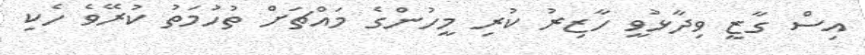
އިސް ގާޒީ ވިދާޅުވީ ހާޒިރު ކުރި މީހުންގެ މައްޗަށް ތުހުމަތު ކުރޭވެ ހެކި